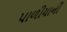
પાળીયાની